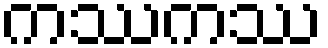
ကဿကဿ